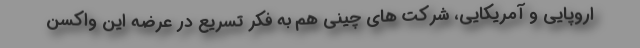
اروپایی و آمریکایی، شرکت های چینی هم به فکر تسریع در عرضه این واکسن